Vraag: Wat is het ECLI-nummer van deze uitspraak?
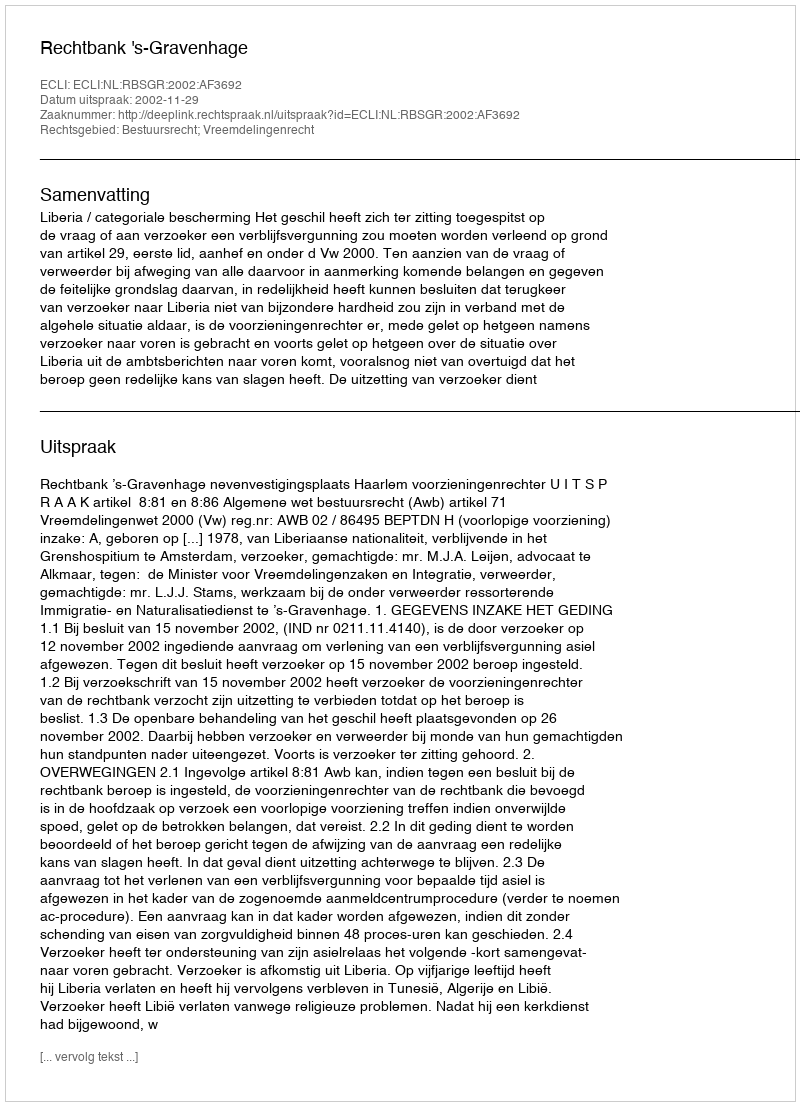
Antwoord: ECLI:NL:RBSGR:2002:AF3692